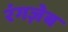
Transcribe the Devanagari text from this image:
रंगज़ेब